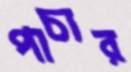
পাচার